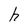
Character: h